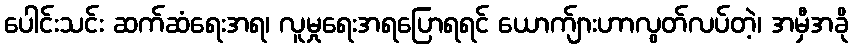
ပေါင်းသင်း ဆက်ဆံရေးအရ၊ လူမှုရေးအရပြောရရင် ယောက်ျားဟာလွတ်လပ်တဲ့၊ အမှီအခို